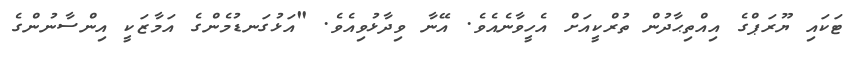
ޓަކައި ޔޫރަޕްގެ އިއްތިޙާދުން ތުރްކީއަށް އެހީވާނެއެވެ. އޭނާ ވިދާޅުވިއެވެ. "އަޅުގަނޑުމެންގެ އަމާޒަކީ އިންސާނުންގެ